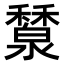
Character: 𥣤